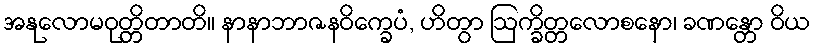
အနုလောမဝုတ္တိတာတိ။ နာနာဘာဇနဝိက္ခေပံ, ဟိတွာ ဩက္ခိတ္တလောစနော၊ ခဏန္တော ဝိယ